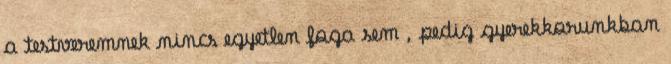
a testveremnek nincs egyetlen foga sem , pedig gyerekkorunkban